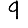
Digit: 9